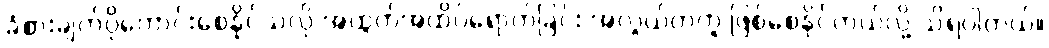
ခံစားချက်ပိုကောင်းစေနိုင်သလို အထွတ်အထိပ်ရောက်ခြင်း အလွယ်တကူ ဖြစ်စေနိုင်တယ်လို့ သိရပါတယ်။